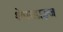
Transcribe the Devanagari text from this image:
शेपरडाइज